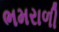
ભમરાળી